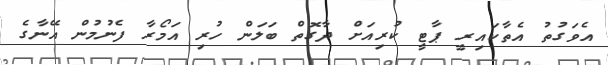
އެވަގުތު އެތާކައިރީ ޕާޓީ ކުރިއަށް ދާގޮތް ބަލަން ހުރި އަމޯރާ ފެނުމުން އޭނާގެ